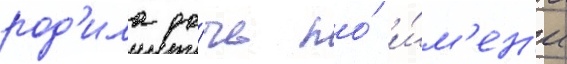
род'ила до́чь по́ и́м'ен'и